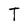
Character: T